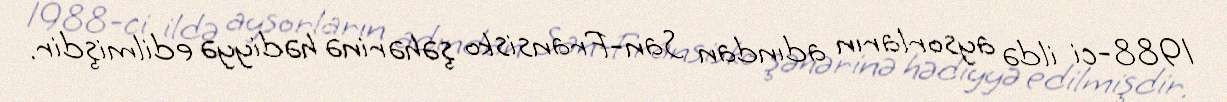
1988-ci ildə aysorların adından San-Fransisko şəhərinə hədiyyə edilmişdir.